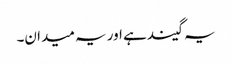
یہ گیند ہے اور یہ میدان۔